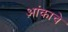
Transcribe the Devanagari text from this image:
आंकाचे